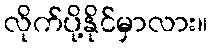
လိုက်ပို့နိုင်မှာလား။